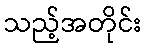
သည့်အတိုင်း